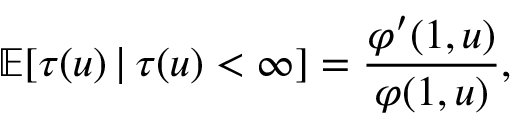
\mathbb { E } [ \tau ( u ) \, | \, \tau ( u ) < \infty ] = \frac { \varphi ^ { \prime } ( 1 , u ) } { \varphi ( 1 , u ) } ,